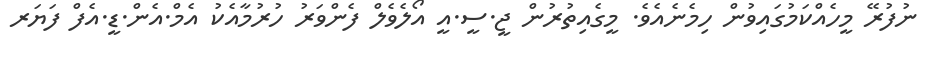
ނުފުރޭ މީހެއްކަމުގައިވުން ހިމެނެއެވެ. މީގެއިތުރުން ޖީ.ސީ.އީ އޯލެވެލް ފެންވަރު ހުރުމާއެކު އެމް.އެން.ޑީ.އެފް ފަޔަރ